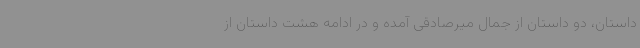
داستان، دو داستان از جمال میرصادقی آمده و در ادامه هشت داستان از